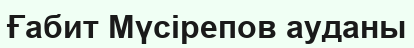
Ғабит Мүсірепов ауданы